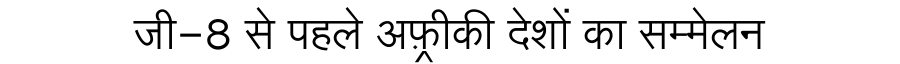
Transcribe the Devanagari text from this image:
जी-8 से पहले अफ़्रीकी देशों का सम्मेलन